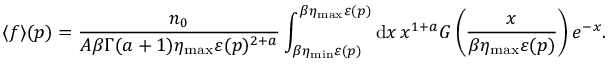
\langle f \rangle ( \boldsymbol { p } ) = \frac { n _ { 0 } } { A \beta \Gamma ( a + 1 ) \eta _ { \mathrm { m a x } } \varepsilon ( \v { p } ) ^ { 2 + a } } \int _ { \beta \eta _ { \mathrm { m i n } } \varepsilon ( \v { p } ) } ^ { \beta \eta _ { \mathrm { m a x } } \varepsilon ( \v { p } ) } \mathrm { d } x \, x ^ { 1 + a } G \left( \frac { x } { \beta \eta _ { \mathrm { m a x } } \varepsilon ( \v { p } ) } \right) e ^ { - x } .